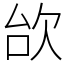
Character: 㰧